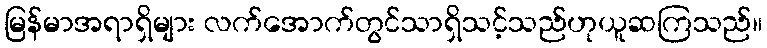
မြန်မာအရာရှိများ လက်အောက်တွင်သာရှိသင့်သည်ဟုယူဆကြသည်။